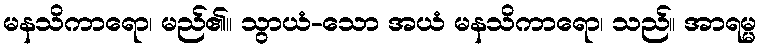
မနသိကာရော၊ မည်၏။ သွာယံ-သော အယံ မနသိကာရော၊ သည်။ အာရမ္မ